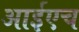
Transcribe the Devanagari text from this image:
आईएच